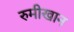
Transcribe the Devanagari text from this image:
रुमीखान